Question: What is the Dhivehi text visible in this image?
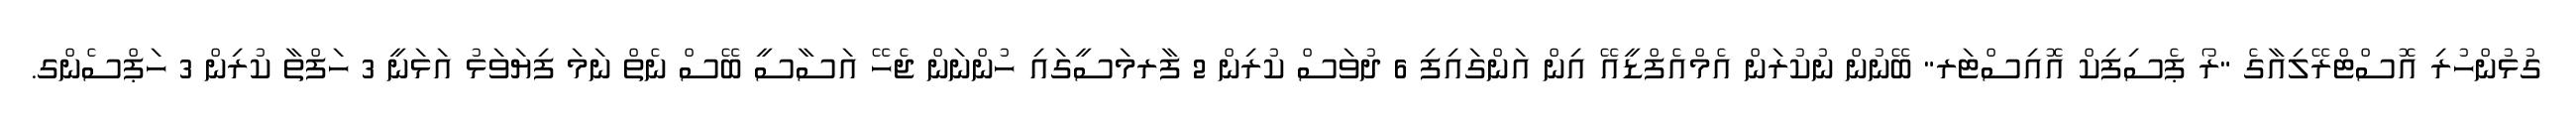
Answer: ގުޅުންހުރި އޮސްޓްރޭލިއާގެ "ރޯ ޕެސިފިކް އޮއިސްޓަރ" ބޭނުން ނުކުރަން އެމްއެފްޑީއޭ އިން އަންގައިފި 6 ދުވަސް ކުރިން 2 ފާރމަސީގައި ހުންނަން ޖެހޭ އަސާސީ ބޭސް ނެތް ނަމަ ފިޔަވަޅު އަޅަނީ 3 ހަފްތާ ކުރިން 3 ހަޕްސެންގ.